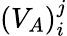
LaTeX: (V_{A})_{i}^{j}